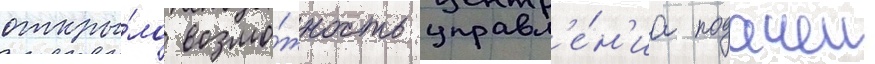
откры́ло возмо́жность управл'е́н'иа подачеи